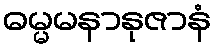
ဓမ္မမနာနုဇာနံ